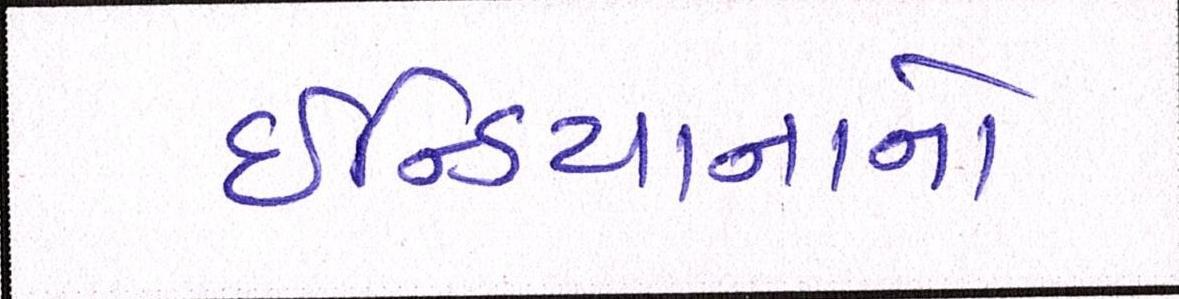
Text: ઇન્ડિયાનાનો